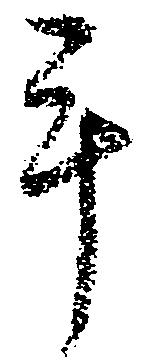
手